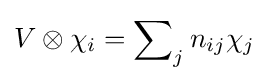
V\otimes \chi _{i}=\sum \nolimits _{j}n_{ij}\chi _{j}